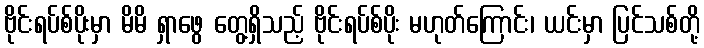
ဗိုင်းရပ်စ်ပိုးမှာ မိမိ ရှာဖွေ တွေ့ရှိသည့် ဗိုင်းရပ်စ်ပိုး မဟုတ်ကြောင်း၊ ယင်းမှာ ပြင်သစ်တို့